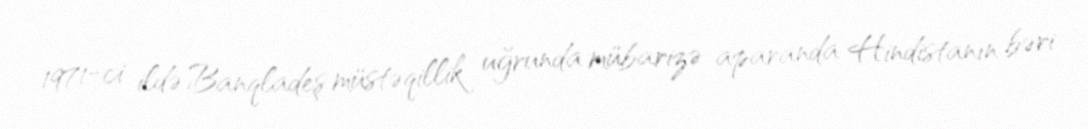
1971-ci ildə Banqladeş müstəqillik uğrunda mübarizə aparanda Hindistanın bəri